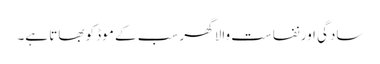
سادگی اور نفاست والا گھر سب کے موڈ کو بھاتا ہے۔